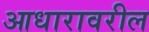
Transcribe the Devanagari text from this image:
आधारावरील